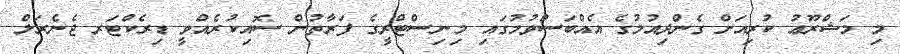
މި މަޝްރޫޢު ކުރިއަށް ގެންދިއުމުގެ އެއްބަސްވުމުގައި މިނިސްޓްރީގެ ފަރާތުން ސޮއިކުރެއްވީ ޑިރެކްޓަރ ޖެނެރަލް